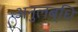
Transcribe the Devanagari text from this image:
अनुलब्धि